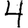
Digit: 4